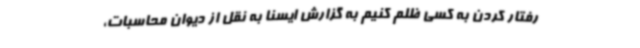
رفتار کردن به کسی ظلم کنیم به گزارش ایسنا به نقل از دیوان محاسبات،